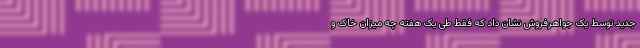
جدید توسط یک جواهرفروش نشان داد که فقط طی یک هفته چه میزان خاک و